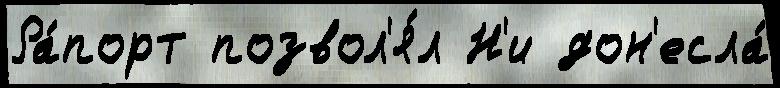
Ра́порт позвол'я́л Н'и дон'есла́